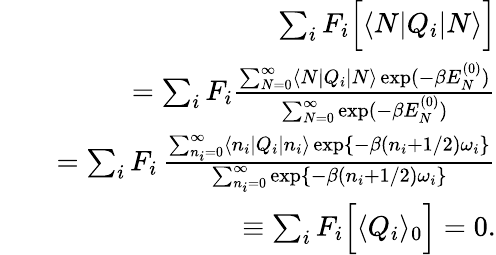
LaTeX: \begin{array}{rlr}&{}&{\sum_{i}F_{i}\Big[\langle N|Q_{i}|N\rangle\Big]}\\ &{}&{=\sum_{i}F_{i}\frac{\sum_{N=0}^{\infty}\langle N|Q_{i}|N\rangle\exp(-\beta E_{N}^{(0)})}{\sum_{N=0}^{\infty}\exp(-\beta E_{N}^{(0)})}}\\ &{}&{=\sum_{i}F_{i}\, \frac{\sum_{n_{i}=0}^{\infty}\langle n_{i}|Q_{i}|n_{i}\rangle\exp\{ -\beta(n_{i}+1/2)\omega_{i}\} }{\sum_{n_{i}=0}^{\infty}\exp\{ -\beta(n_{i}+1/2)\omega_{i}\} }}\\ &{}&{\equiv\sum_{i}F_{i}\Big[\langle Q_{i}\rangle_{0}\Big]=0.}\end{array}